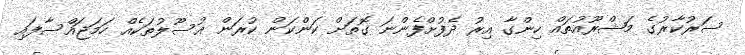
ސަރުކާރުގެ މަޝްރޫއުތައް ހިންގާ އިރު ދެފުށްފެންނަ ގޮތަށް ކަންކަން ކުރަން އުސޫލުތަކެއް ހަމަޖައްސާފައި